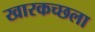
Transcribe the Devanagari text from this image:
खारकच्छला